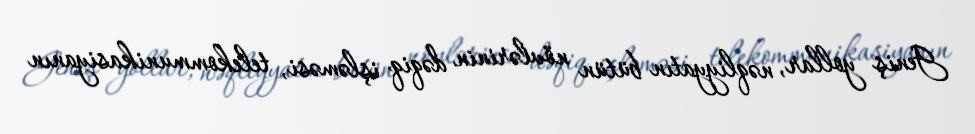
Geniş yollar, nəqliyyatın bütün növlərinin dəqiq işləməsi, telekommunikasiyanın